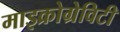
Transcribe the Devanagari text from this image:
माइक्रोग्रेविटी